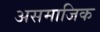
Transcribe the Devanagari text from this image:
असमाजिक